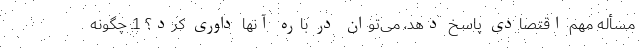
مسأله مهم اقتصادی پاسخ دهد، می‌توان در باره آنها داوری کرد؟ 1ـ چگونه